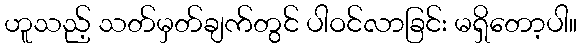
ဟူသည့် သတ်မှတ်ချက်တွင် ပါဝင်လာခြင်း မရှိတော့ပါ။